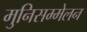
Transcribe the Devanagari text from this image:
मुनिसम्मेलन